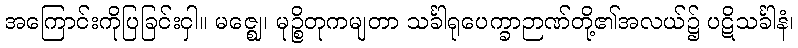
အကြောင်းကိုပြခြင်းငှါ။ မဇ္ဈေ၊ မုဉ္စိတုကမျတာ သင်္ခါရုပေက္ခာဉာဏ်တို့၏အလယ်၌ ပဋိသင်္ခါနံ၊